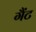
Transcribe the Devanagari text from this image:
गैंट